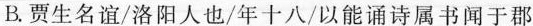
B.贾生名谊/洛阳人也/年十八/以能诵诗属书闻于郡